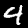
Digit: 4